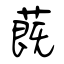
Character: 蔇